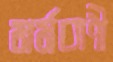
মর্মবাণী